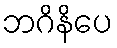
ဘဂိနိပေ